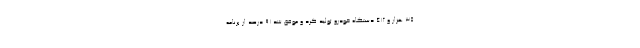
۳۵ هزار و ۴۱۲ دستگاه خودرو توليد كرد و موفق شد ۹۱ درصد از برنامه